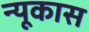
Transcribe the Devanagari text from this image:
न्यूकास